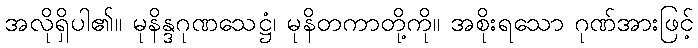
အလိုရှိပါ၏။ မုနိန္ဒဂုဏသေဋ္ဌံ၊ မုနိတကာတို့ကို။ အစိုးရသော ဂုဏ်အားဖြင့်